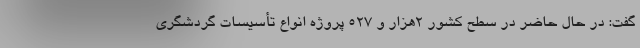
گفت: در حال حاضر در سطح کشور ۲‌هزار و ۵۲۷ پروژه انواع تأسیسات گردشگری